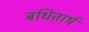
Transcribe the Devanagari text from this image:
बधितार्थ